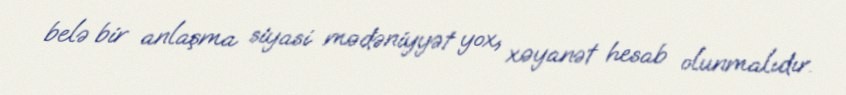
belə bir anlaşma siyasi mədəniyyət yox, xəyanət hesab olunmalıdır.